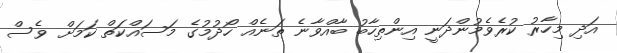
އަދި މިހާރު ކުރެވެމުންދަނީ އިންތިހާބު ބާއްވާނެ ތަނެއް ހޯދުމުގެ މަސައްކަތް ކަމަށް ވެސް